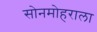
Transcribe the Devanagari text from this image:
सोनमोहराला